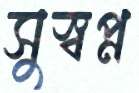
সুস্বপ্ন